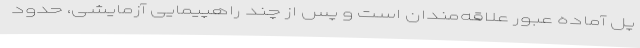
پل آماده عبور علاقه‌مندان است و پس از چند راهپیمایی آزمایشی، حدود